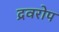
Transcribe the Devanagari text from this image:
द्रवरोप